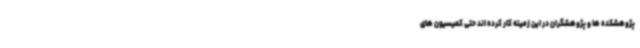
پژوهشکده ها و پژوهشگران در این زمینه کار کرده اند حتی کمیسیون های